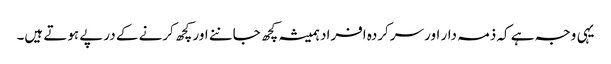
یہی وجہ ہے کہ ذمہ دار اور سرکردہ افراد ہمیشہ کچھ جاننے اور کچھ کرنے کے درپے ہوتے ہیں۔